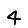
Digit: 4